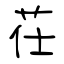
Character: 茌